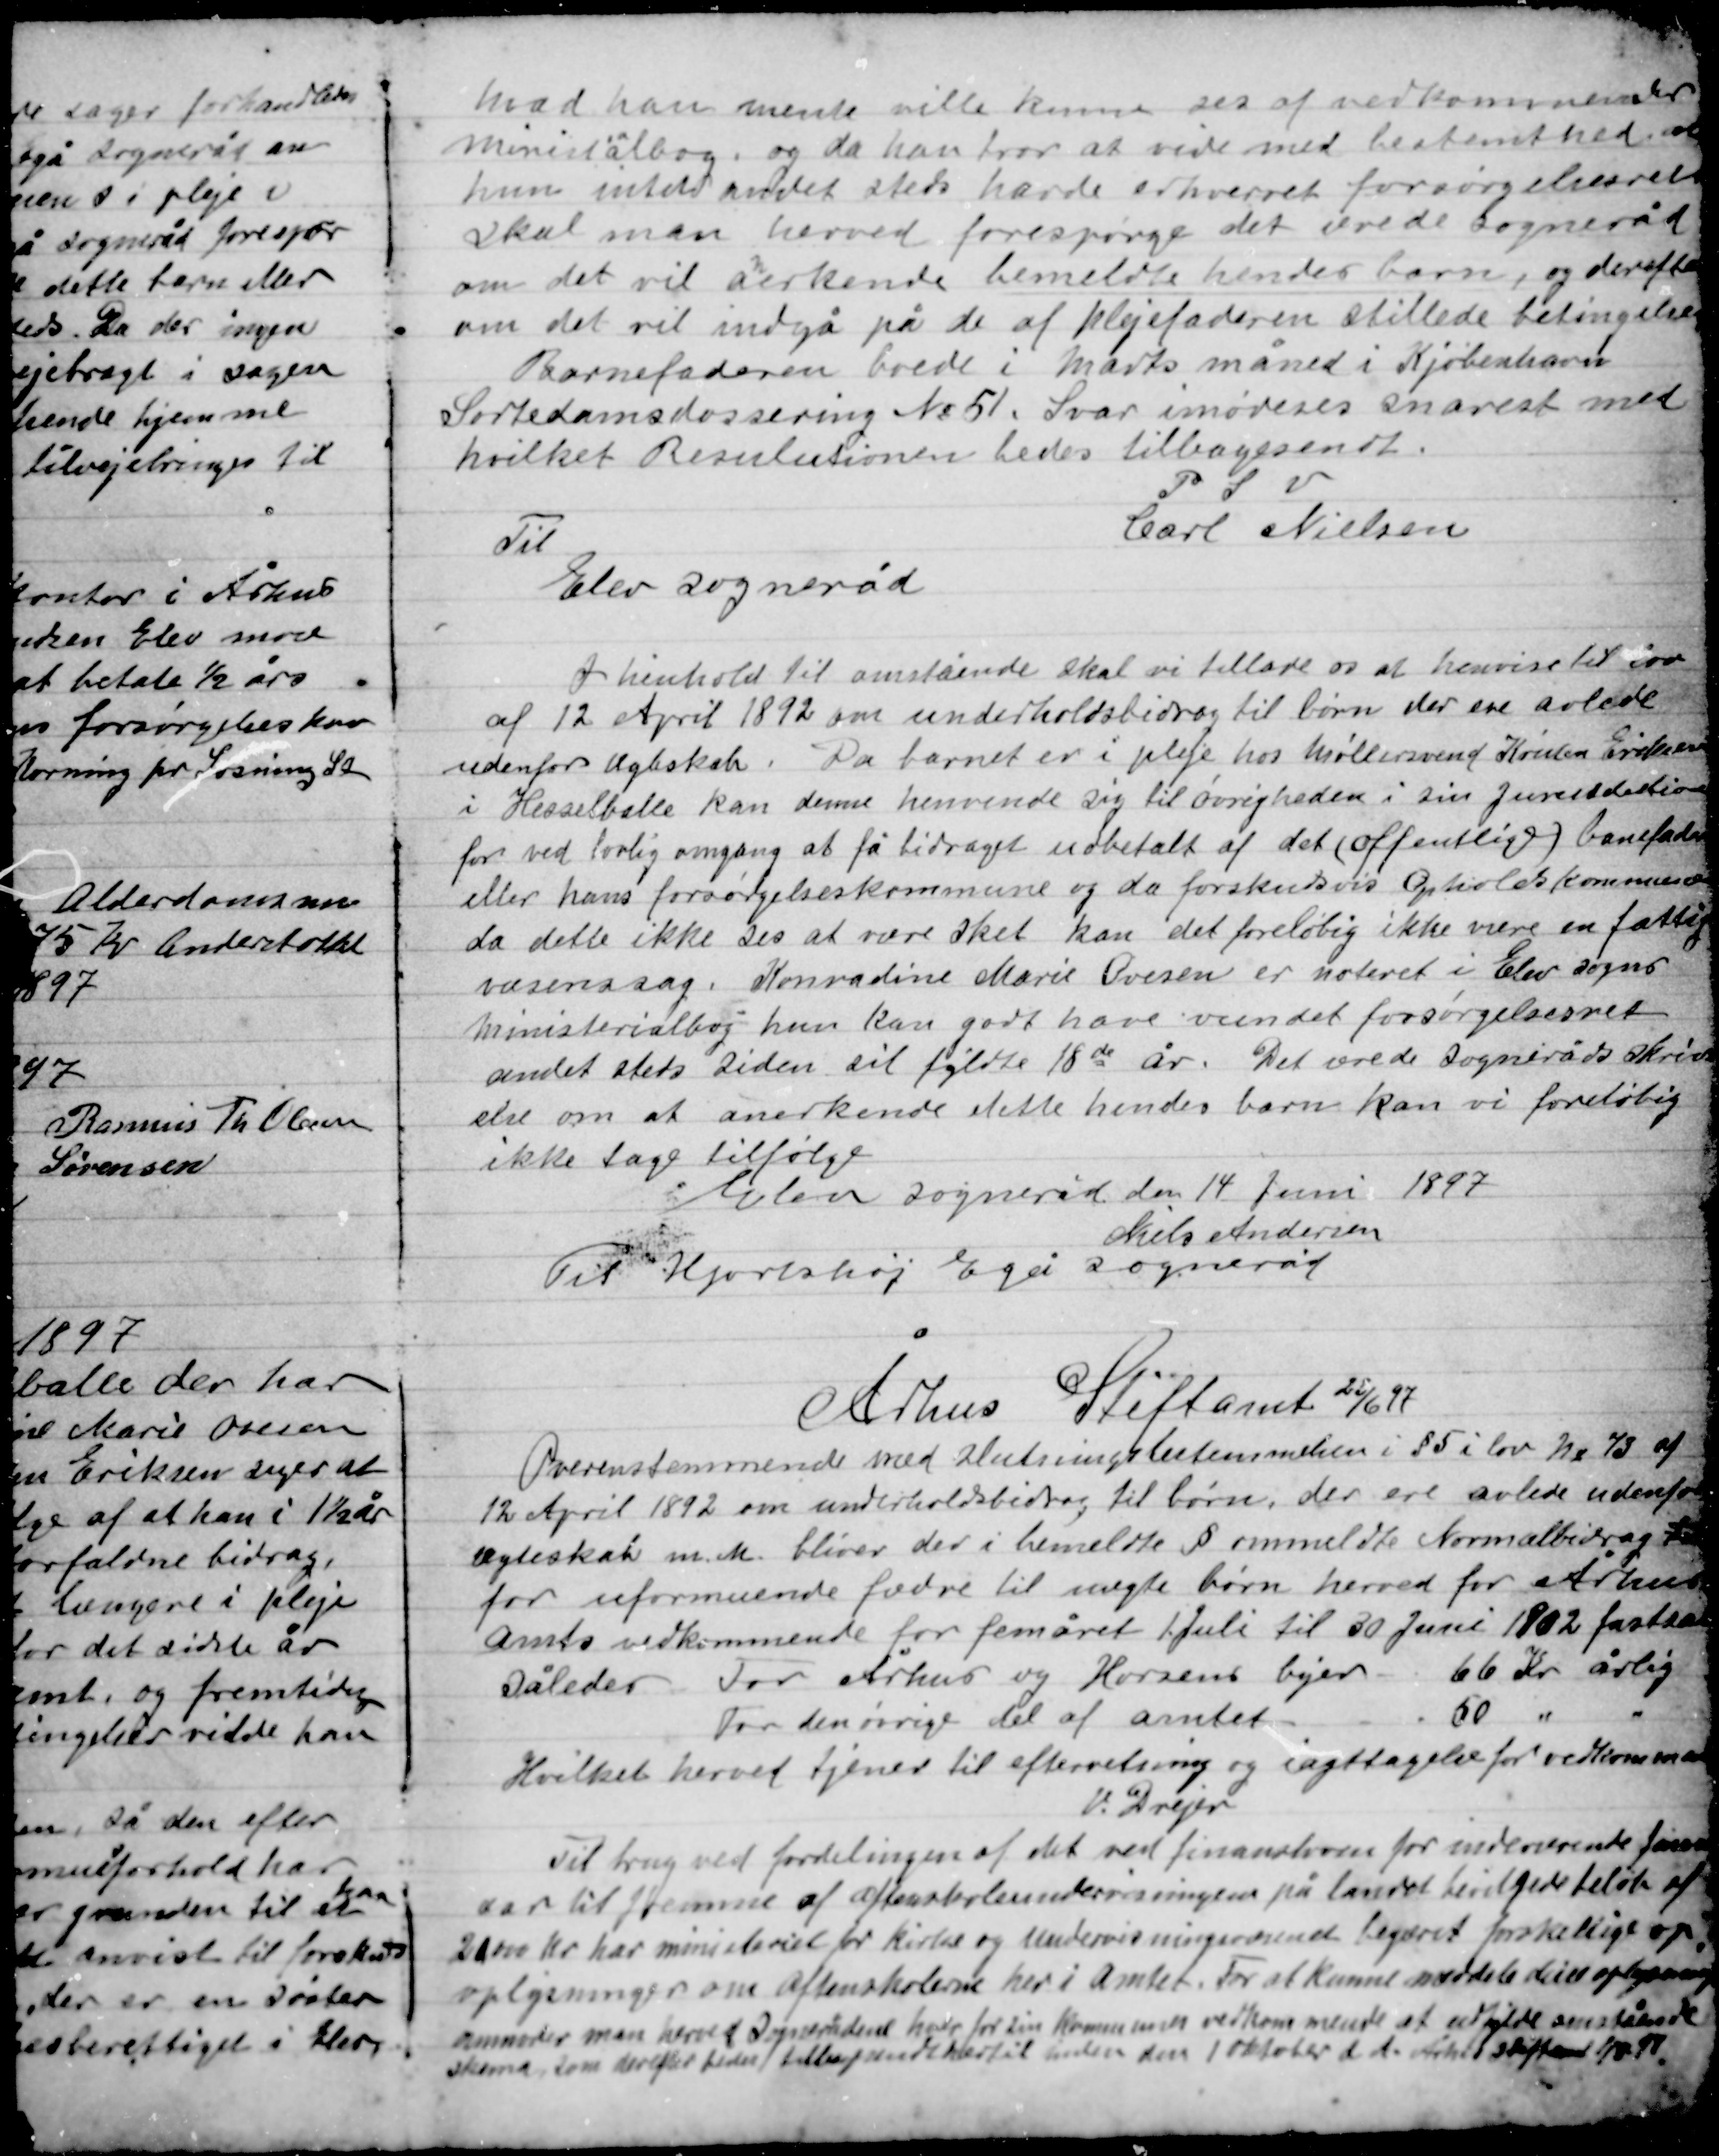
Transskription:
hvad han mente ville kunne ses af vedkommende
ministerialbog, og da han tror at vide med bestemthed, at
hun intet andet steds havde erhvervet forsørgelsesretten
skal man herved forespørge det ærede Sogneråd
om det vil anerkende bemeldte hendes barn, og derefter
om det vil indgå på de af plejefaderen stillede betingelser.
Barnefaderen boede i marts måned i Kjøbenhavn
Sortedamsdossering Nr. 51. Svar imødeses snarest med
Hvilket Resolutionen bedes tilbagesendt.

P.S.V.
Carl Nielsen
Til
Elev Sogneråd

I henhold til omstående skal vi tillade os at henvise til den
af 12 April 1892 om underholdsbidrag til børn der ere avlede
udenfor Ægteskab. Da barnet er i pleje hos Møllersvend Kresten Eriksen
i Hesselballe kan denne henvende sig til øvrigheden i sin Juristdiction
for ved lovlig omgang at få bidraget udbetalt af det (offentlige) barnefaderen
eller hans forsørgelseskommune og da forskudsvis Opholdskommunen
da dette ikke ses at være sket kan det foreløbig ikke være en fattig-
væsenssag. Konradine Marie Ovesen er noteret i Elev sogn
ministerialbog hun kan godt have vundet forsørgelsesret
andet steds siden sit fyldte 18de år. Det ærede Sogneråds skriv-
else om at anerkende dette hendes barn kan vi foreløbig
ikke tage tilfølge.

Elev Sogneråd den 14 Juni 1897
Niels Andersen

Til Hjortshøj Egå Sogneråd

Århus Stiftsamt 26/6 97

Overensstemmende med slutningsbestemmelsen i § 5 i lov Nr. 73 af
12 April 1892 om underholdsbidrag til børn, der ere avlede udenfor
ægteskab m.m. bliver der i bemeldte § ommeldte Normalbidrag
for uformuende fædre til uægte børn herved for Århus
Amts vedkommende for femåret 1. Juli til 30 Juni 1802 fastsat
således for Århus og Horsens byer	66 Kr. årlig
For den øvrige del af amtet 50 - -
Hvilket herved tjener til efterretning og iagttagelse for vedkommende
V. Drejer

Til brug ved fordelingen af det ved finansloven for indeværende finansår
var til fremme af aftenskoleundervisningen på landet bevilgede beløb af
20.000 Kr. har ministeriet for kirke og undervisningsvæsenet begæret forskellige op-
lysninger om aftenskolerne her i Amtet. For at kunne uddele de oplysninger
anmoder man herved Sognerådet have for sin Kommune vedkommende at udfylde omstående
skema som derefter sendes tilbage med hvortil inden den 1 Oktober d. A. Århus stiftsamt 1897.